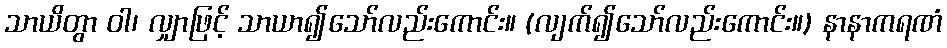
သာယိတွာ ဝါ၊ လျှာဖြင့် သာယာ၍သော်လည်းကောင်း။ (လျက်၍သော်လည်းကောင်း။) နာနာကရဏံ